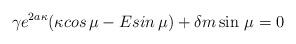
LaTeX: \begin{align*}\gamma e^{2a\kappa }(\kappa cos\,\mu -Esin\,\mu )+\delta m\sin \,\mu =0\end{align*}